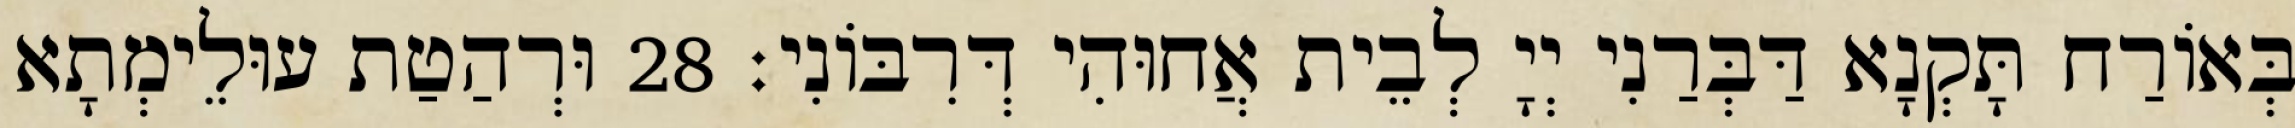
בְּאוֹרַח תָּקְנָא דַּבְּרַנִי יְיָ לְבֵית אֲחוּהִי דְּרִבּוֹנִי׃ 28 וּרְהַטַת עוּלֵימְתָא